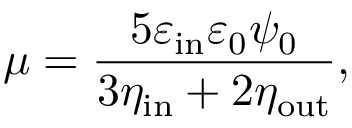
\mu = \frac { 5 \varepsilon _ { \mathrm { i n } } \varepsilon _ { 0 } \psi _ { 0 } } { 3 \eta _ { \mathrm { i n } } + 2 \eta _ { \mathrm { o u t } } } ,